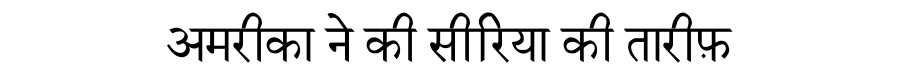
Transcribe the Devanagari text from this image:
अमरीका ने की सीरिया की तारीफ़